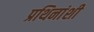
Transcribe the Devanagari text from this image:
प्रथिनांशी